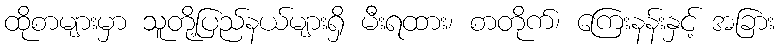
ထိုစာများမှာ သူတို့ပြည်နယ်များရှိ မီးရထား၊ စာတိုက်၊ ကြေးနန်းနှင့် အခြား